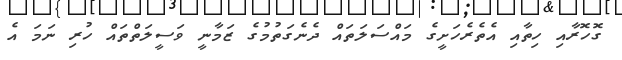
ގޮހޮރާއި ހިތާއި އެތެރެހަށީގެ މައްސަލަތައް ދެނެގަތުމުގެ ޒަމާނީ ވަސީލަތްތައް ހުރި ނަމަ އެ